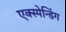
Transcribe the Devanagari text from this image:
एक्स्पेन्डिंग